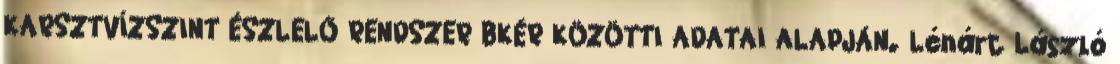
KARSZTVÍZSZINT ÉSZLELŐ RENDSZER BKÉR KÖZÖTTI ADATAI ALAPJÁN. Lénárt László